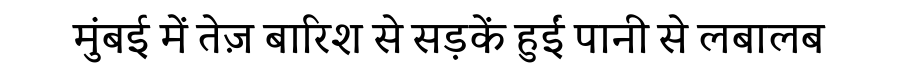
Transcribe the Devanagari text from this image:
मुंबई में तेज़ बारिश से सड़कें हुईं पानी से लबालब